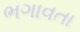
ભગાવતા